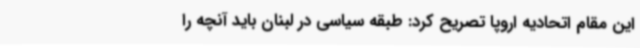
این مقام اتحادیه اروپا تصریح کرد: طبقه سیاسی در لبنان باید آنچه را